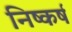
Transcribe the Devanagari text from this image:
निष्कर्ष